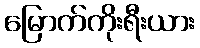
မြောက်ကိုးရီးယား